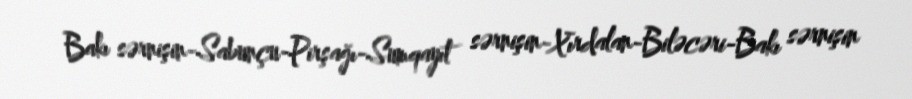
Bakı sərnişin-Sabunçu-Pirşağı-Sumqayıt sərnişin-Xırdalan-Biləcəri-Bakı sərnişin